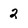
Character: 2